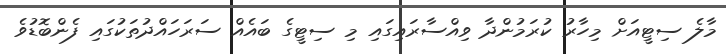
މާލެ ސިޓީއަށް މިހާރު ކުރަމުންދާ ވިއްސާރައިގައި މި ސިޓީގެ ބައެއް ސަރަހައްދުތަކުގައި ފެންބޮޑުވެ